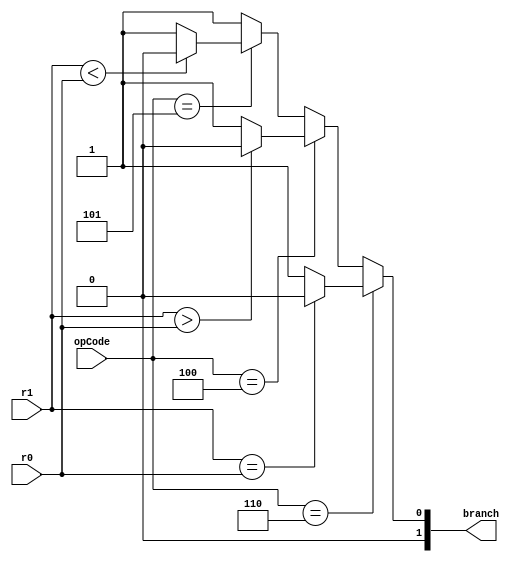
`timescale 1 ns / 1 ps
module comparator(input [15:0] r0, r1, 
                    input [3:0] opCode,
                    output reg [1:0] branch);

always@(*)
begin
    if(opCode == 4'b0110)            //if beq
    begin
        if(r1 == r0)
            branch = 2'b00;
        else 
            branch = 2'b01;
    end
    else if(opCode == 4'b0100)        //if bgt
    begin
        if(r1 > r0)
            branch = 2'b00;
        else
            branch = 2'b01;
    end
    else if(opCode == 4'b0101)        //if blt
    begin 
        if(r1 < r0)
            branch  = 2'b00;
        else
            branch = 2'b01;
    end
    else
        branch = 2'b01;
end
endmodule